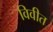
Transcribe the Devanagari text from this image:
विवीत